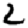
Digit: 2